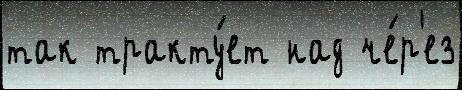
так тракту́ет над че́р'ез